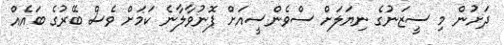
ދަށުން މި ސީޒަނުގެ ނިޔަލަށް ސްވެންސީއަށް ފޮނުވާލާނެ ކަމަށް ވެސް ބޭރުގެ ބައެއް